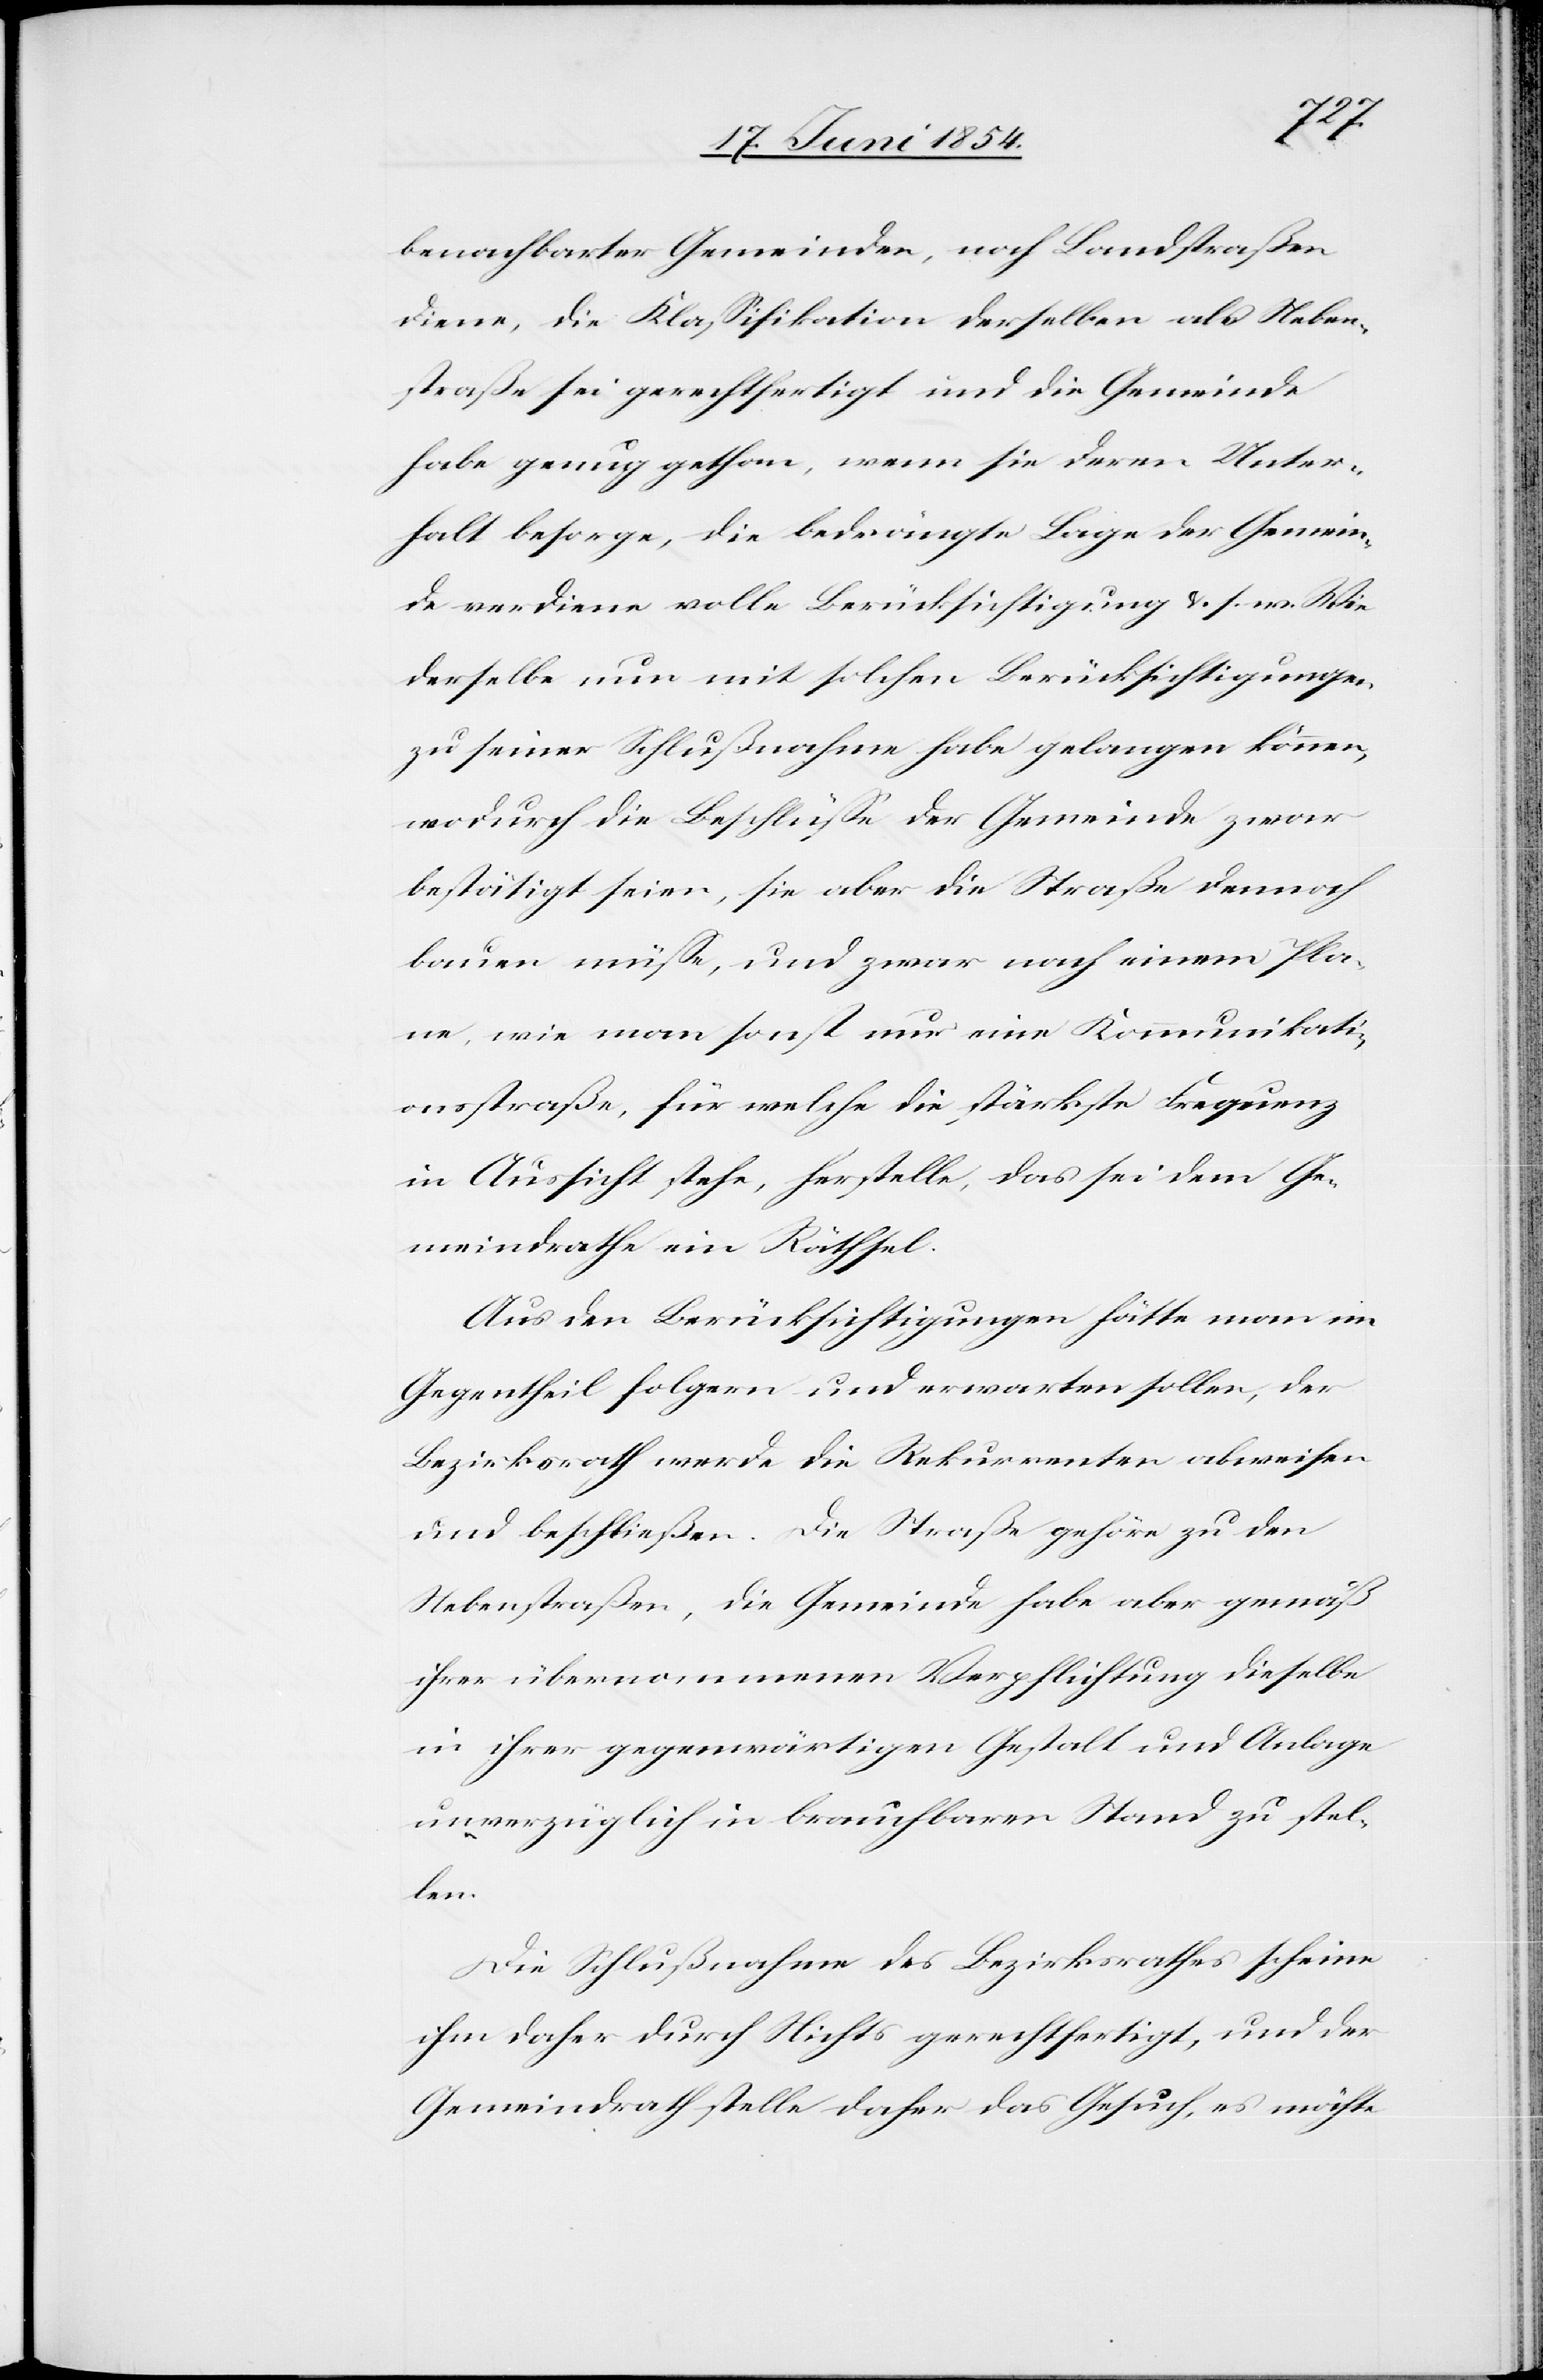
benachbarter Gemeinden, nach Landstraßen
diene, die Klaßifikation derselben als Neben¬
straße sei gerechtfertigt und die Gemeinde
habe genug gethan, wenn sie deren Unter¬
halt besorge, die bedrängte Lage der Gemein¬
de verdiene volle Berücksichtigung u. s. w. Wie
derselbe nun mit solchen Berücksichtigungen
zu seiner Schlußnahme habe gelangen können,
wodurch die Beschlüße der Gemeinde zwar
bestätigt seien, sie aber die Straße dennoch
bauen müße, und zwar nach einem Pla¬
ne, wie man sonst nur eine Kommunikati¬
onsstraße, für welche die stärkste Frequenz
in Aussicht stehe, herstelle, das sei dem Ge¬
meindrath ein Räthsel.
Aus den Berücksichtigungen hätte man im
Gegentheil folgern und erwarten sollen, der
Bezirksrath werde die Rekurrenten abweisen
und beschließen: Die Straße gehöre zu den
Nebenstraßen, die Gemeinde habe aber gemäß
ihrer übernommenen Verpflichtung dieselbe
in ihrer gegenwärtigen Gestalt und Anlage
unverzüglich in brauchbaren Stand zu stel¬
len.
Die Schlußnahme des Bezirksrathes scheine
ihm daher durch Nichts gerechtfertigt, und der
Gemeindrath stelle daher das Gesuch, es möchte